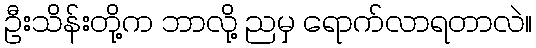
ဦးသိန်းတို့က ဘာလို့ ညမှ ရောက်လာရတာလဲ။